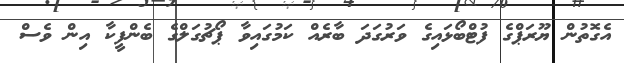
އެގޮތުން ޔޫރަޕްގެ ފުޓްބޯޅައިގެ ވަރުގަދަ ބާރެއް ކަމުގައިވާ ޕޯޗުގަލްގެ ބެންފީކާ އިން ވެސް